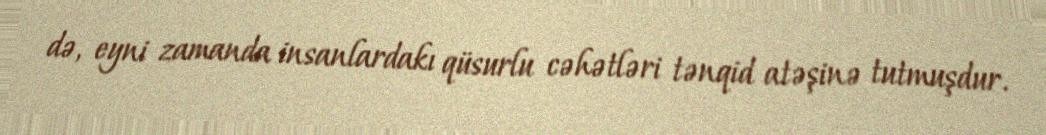
də, eyni zamanda insanlardakı qüsurlu cəhətləri tənqid atəşinə tutmuşdur.